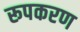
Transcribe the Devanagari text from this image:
रूपकरण